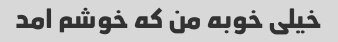
خیلی خوبه من که خوشم امد